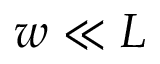
w \ll L